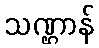
သဏ္ဌာန်